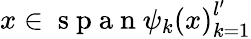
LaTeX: x\in\mathrm{~s~p~a~n~}{\psi_{k}(x)}_{k=1}^{l^{\prime}}